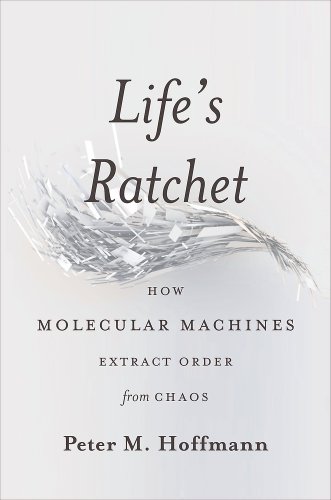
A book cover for Life's Ratchet: How Molecular Machines Extract Order from Chaos; Peter M. Hoffmann; Science & Math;